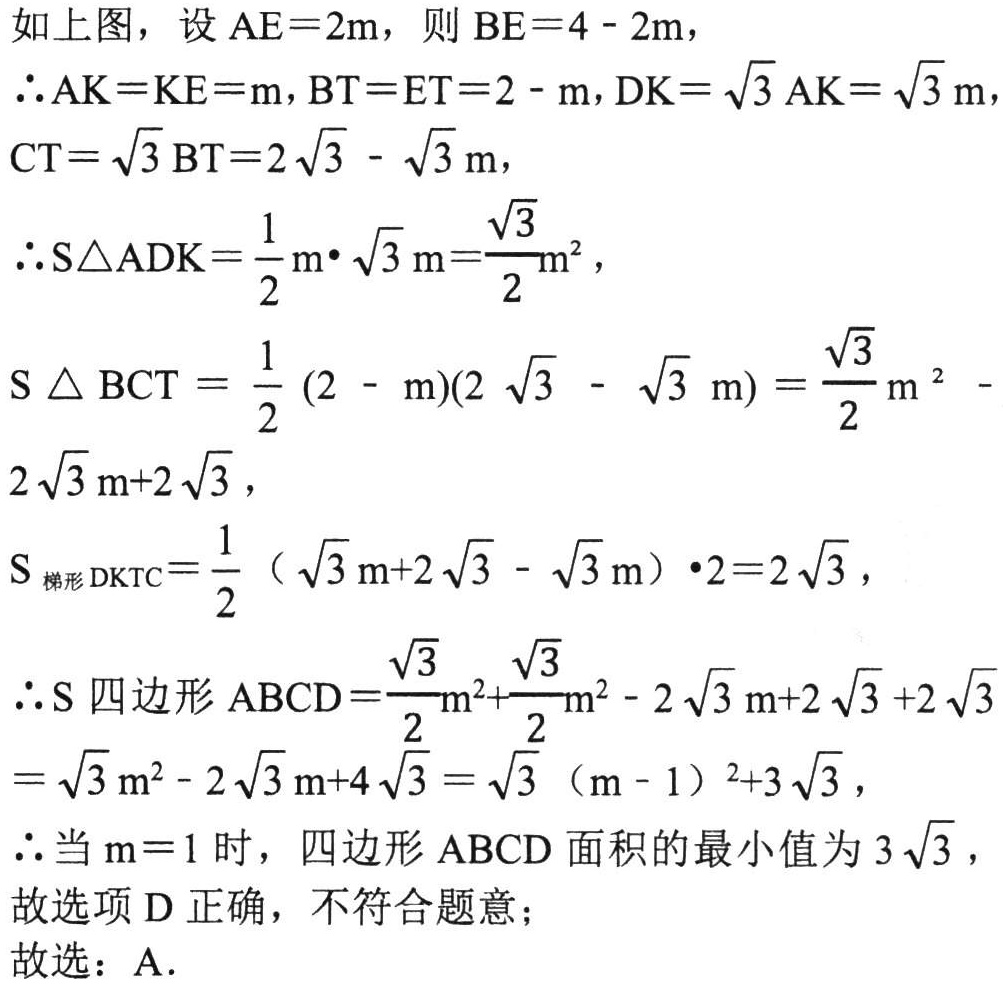
如上图，设$AE = 2m$，则$BE = 4 - 2m$，
$\therefore AK=KE = m$，$BT = ET = 2 - m$，$DK=\sqrt{3}AK=\sqrt{3}m$，$CT=\sqrt{3}BT = 2\sqrt{3}-\sqrt{3}m$，
$\therefore S_{\triangle ADK}=\frac{1}{2}m\cdot\sqrt{3}m=\frac{\sqrt{3}}{2}m^{2}$，
$S_{\triangle BCT}=\frac{1}{2}(2 - m)(2\sqrt{3}-\sqrt{3}m)=\frac{\sqrt{3}}{2}m^{2}-2\sqrt{3}m + 2\sqrt{3}$，
$S_{梯形DKTC}=\frac{1}{2}(\sqrt{3}m + 2\sqrt{3}-\sqrt{3}m)\cdot2 = 2\sqrt{3}$，
$\therefore S_{四边形ABCD}=\frac{\sqrt{3}}{2}m^{2}+\frac{\sqrt{3}}{2}m^{2}-2\sqrt{3}m + 2\sqrt{3}+2\sqrt{3}=\sqrt{3}m^{2}-2\sqrt{3}m + 4\sqrt{3}=\sqrt{3}(m - 1)^{2}+3\sqrt{3}$，
$\therefore$当$m = 1$时，四边形$ABCD$面积的最小值为$3\sqrt{3}$，
故选项D正确，不符合题意；
故选：A.